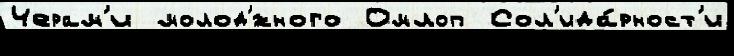
Черам'и молод'́жного Омлоп Сол'ида́рност'и